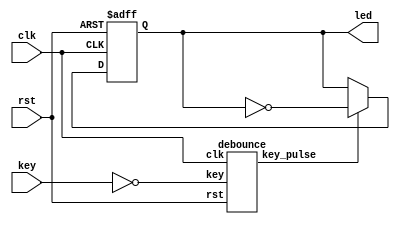
// ********************************************************************
// >>>>>>>>>>>>>>>>>>>>>>>>> COPYRIGHT NOTICE <<<<<<<<<<<<<<<<<<<<<<<<<
// ********************************************************************
// Module name  : top
// Description  : 
// Web          : www.stepfpga.com
// 
// --------------------------------------------------------------------
// Code Revision History : 
// --------------------------------------------------------------------
// Version: |Mod. Date:   |Changes Made:
// V1.0     |2017/03/02   |Initial ver
// --------------------------------------------------------------------
// Module Function:led
 
module top (clk,rst,key,led);
 
        input             clk;
        input             rst;
        input 	          key;                      				
	output   reg      led;        
	     
        wire              key_pulse;
 
        //led
        always @(posedge clk  or  posedge rst)
           begin
             if (rst)
		led <= 1'b1;
	     else if (key_pulse)
		led <= ~led;
	     else
                led <= led;
	   end    
         //moduleNN=1     
         debounce  u1 (                               
                       .clk (clk),
                       .rst (rst),
                       .key (~key),
                       .key_pulse (key_pulse)
                       );
 endmodule
 
 module debounce (clk,rst,key,key_pulse);
 
        parameter       N  =  1;                      //
 
	input             clk;
        input             rst;
        input 	[N-1:0]   key;                        //					
	output  [N-1:0]   key_pulse;                  //	
 
        reg     [N-1:0]   key_rst_pre;                //
        reg     [N-1:0]   key_rst;                    //
 
        wire    [N-1:0]   key_edge;                   //
 
        //
        always @(posedge clk  or  posedge rst)
          begin
             if (rst) begin
                 key_rst <= {N{1'b1}};                //key_rst1{}N1
                 key_rst_pre <= {N{1'b1}};
             end
             else begin
                 key_rst <= key;                     //keykey_rst,key_rstkey_rst_pre
                 key_rst_pre <= key_rst;             //key_rstkeykey_rst_prekey
             end    
           end
 
        assign  key_edge = key_rst_pre & (~key_rst);//keykey_edge
 
        reg	[17:0]	  cnt;                       //12MHz20ms18     
 
        //20mskey_edge
        always @(posedge clk or posedge rst)
           begin
             if(rst)
                cnt <= 18'h0;
             else if(key_edge)
                cnt <= 18'h0;
             else
                cnt <= cnt + 1'h1;
             end  
 
        reg     [N-1:0]   key_sec_pre;                //
        reg     [N-1:0]   key_sec;                    
 
 
        //key
        always @(posedge clk  or  posedge rst)
          begin
             if (rst) 
                 key_sec <= {N{1'b1}};                
             else if (cnt==18'h3ffff)
                 key_sec <= key;  
          end
       always @(posedge clk  or  posedge rst)
          begin
             if (rst)
                 key_sec_pre <= {N{1'b1}};
             else                   
                 key_sec_pre <= key_sec;             
         end      
       assign  key_pulse = key_sec_pre & (~key_sec);     
 
endmodule